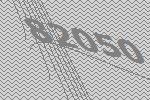
82050